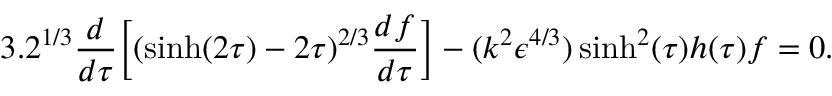
3 . 2 ^ { 1 / 3 } \frac { d } { d \tau } \Big [ ( \sinh ( 2 \tau ) - 2 \tau ) ^ { 2 / 3 } \frac { d f } { d \tau } \Big ] - ( k ^ { 2 } \epsilon ^ { 4 / 3 } ) \sinh ^ { 2 } ( \tau ) h ( \tau ) f = 0 .